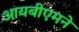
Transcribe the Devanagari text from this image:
आयबीएमने